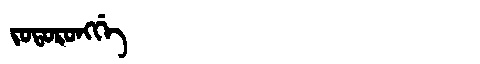
Manchu: ᠵᠣᡨᠣᡵᠣᠩᡤᡝ
Romanization: JOTORONGGE